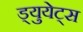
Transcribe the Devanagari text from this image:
ड्युयेट्स